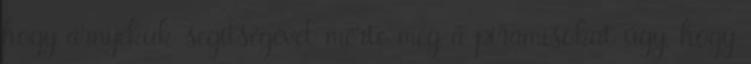
hogy árnyékuk segítségével mérte meg a piramisokat úgy, hogy